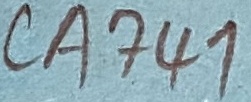
Text: CA741